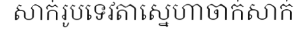
សាក់រូបទេវតាស្នេហាចាក់សាក់